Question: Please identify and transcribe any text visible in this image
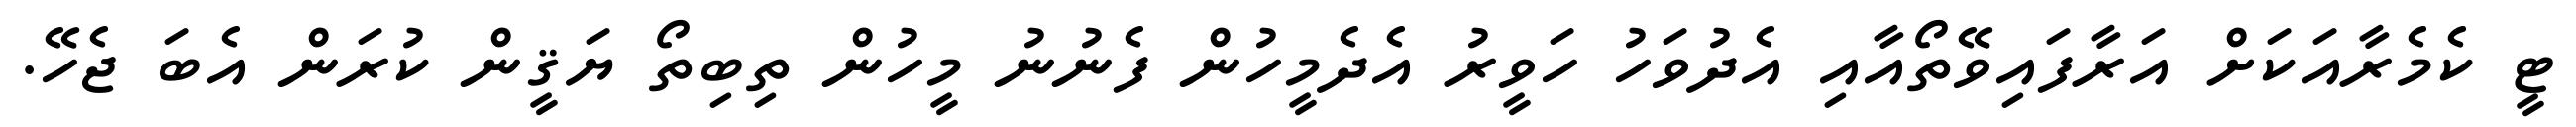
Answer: ޓީ ކެމެރާއަކަށް އަރާފައިވޭތޯއާއި އެދުވަހު ހަވީރު އެދެމީހުން ފެނުނު މީހުން ތިބިތޯ ޔަޤީން ކުރަން އެބަ ޖެހޭ.